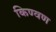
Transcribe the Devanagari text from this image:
किण्वण